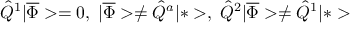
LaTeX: \hat { Q } ^ { 1 } | \overline { { \Phi } } > = 0 , \; | \overline { { \Phi } } > \neq \hat { Q } ^ { a } | * > , \; \hat { Q } ^ { 2 } | \overline { { \Phi } } > \neq \hat { Q } ^ { 1 } | * >